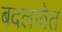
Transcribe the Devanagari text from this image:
बदलावेत